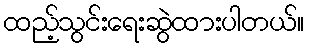
ထည့်သွင်းရေးဆွဲထားပါတယ်။